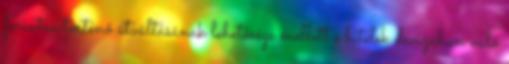
forintra történő átváltásának lehetősége mellett e hitelek devizában való